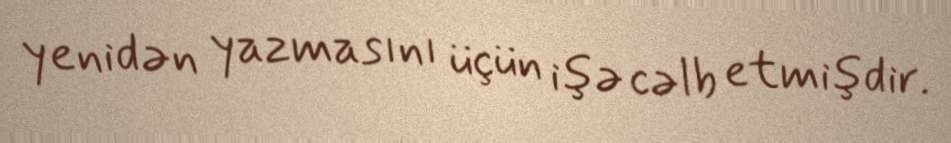
yenidən yazmasını üçün işə cəlb etmişdir.